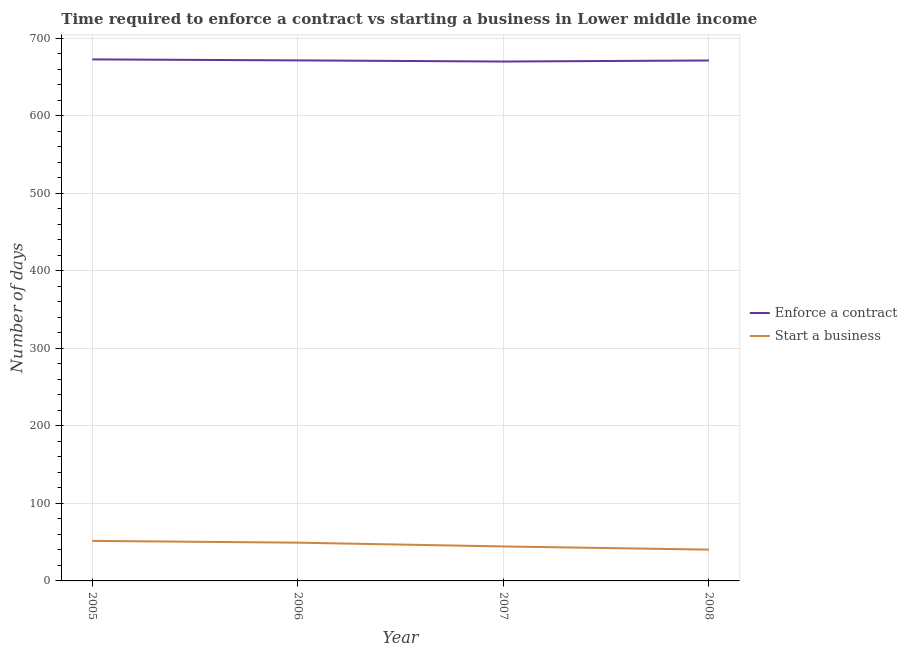
| Year | Enforce a contract | Start a business |
 | --- | --- | --- |
 | 2005 | 673 | 51.7 |
 | 2006 | 672 | 49.3 |
 | 2007 | 670 | 44.5 |
 | 2008 | 671 | 40.4 |